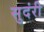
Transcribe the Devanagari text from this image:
सुदंरी